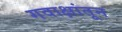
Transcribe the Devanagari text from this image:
गवाक्षांतून